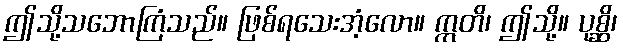
ဤသို့သဘောကြံသည်။ ဖြစ်ရသေးအံ့လော။ ဣတိ၊ ဤသို့။ ပုစ္ဆိ၊